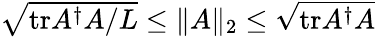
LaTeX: \begin{array}{r}{\sqrt{\mathrm{tr}A^{\dagger}A/L}\le\| A\| _{2}\le\sqrt{\mathrm{tr}A^{\dagger}A}}\end{array}